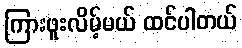
ကြားဖူးလိမ့်မယ် ထင်ပါတယ်